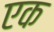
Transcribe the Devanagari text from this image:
एक